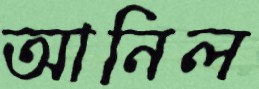
আনিল